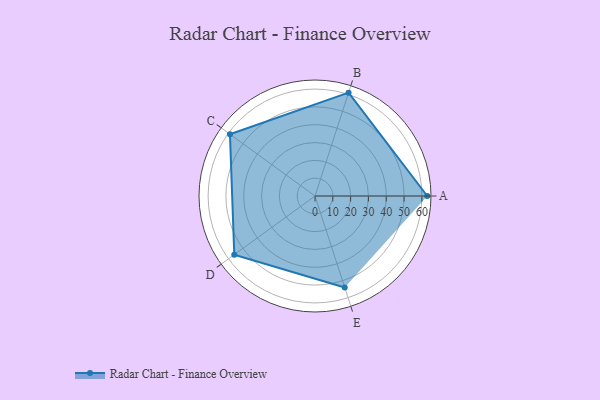
{"axis": {"x": "Skill", "y": "Score"}, "legend": ["Profile"], "data": [{"x": "A", "y": 63.0, "type": "Profile"}, {"x": "B", "y": 61.0, "type": "Profile"}, {"x": "C", "y": 59.0, "type": "Profile"}, {"x": "D", "y": 56.0, "type": "Profile"}, {"x": "E", "y": 54.0, "type": "Profile"}]}